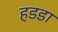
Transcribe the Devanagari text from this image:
हडडा